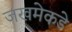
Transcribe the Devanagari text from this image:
जखमेकडे